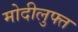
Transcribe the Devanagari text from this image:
मोदीलुफ्त